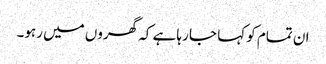
ان تمام کو کہا جا رہا ہے کہ گھروں میں رہو۔